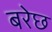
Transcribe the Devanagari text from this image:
बरेछ